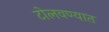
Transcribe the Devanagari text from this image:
टोलवण्यात